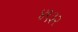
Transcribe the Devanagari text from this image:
४९३२